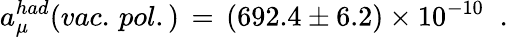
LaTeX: a_{\mu}^{had}(vac.\, pol.)\, =\, (692.4\pm 6.2)\times 10^{-10}\; \; .